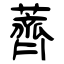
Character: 薺